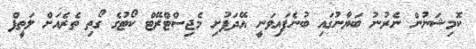
ކޮމިޝަނުން ނެރުނު ބަޔާނުގައި ބުނެފައިވަނީ އޭދަފުށި މެޖިސްޓްރޭޓް ކޯޓުގެ ގޯތި ތެރެއަށް ލަތީފް